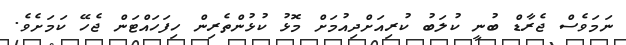
ނަމަވެސް ޖެރާޑް ބުނީ ކުލަބު ކުރިއަށްދިއުމަށް މޮޅު ކުޅުންތެރިން ހިފަހައްޓަން ޖެހޭ ކަމަށެވެ.